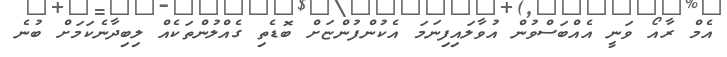
އެމް ރާއޯ ވަނީ އެއްބަސްވުން އުވާލައިފިނަމަ އެކުންފުންޏަށް ބޮޑެތި ގެއްލުންތަކެއް ލިބިދާނެކަމަށް ބުނެ